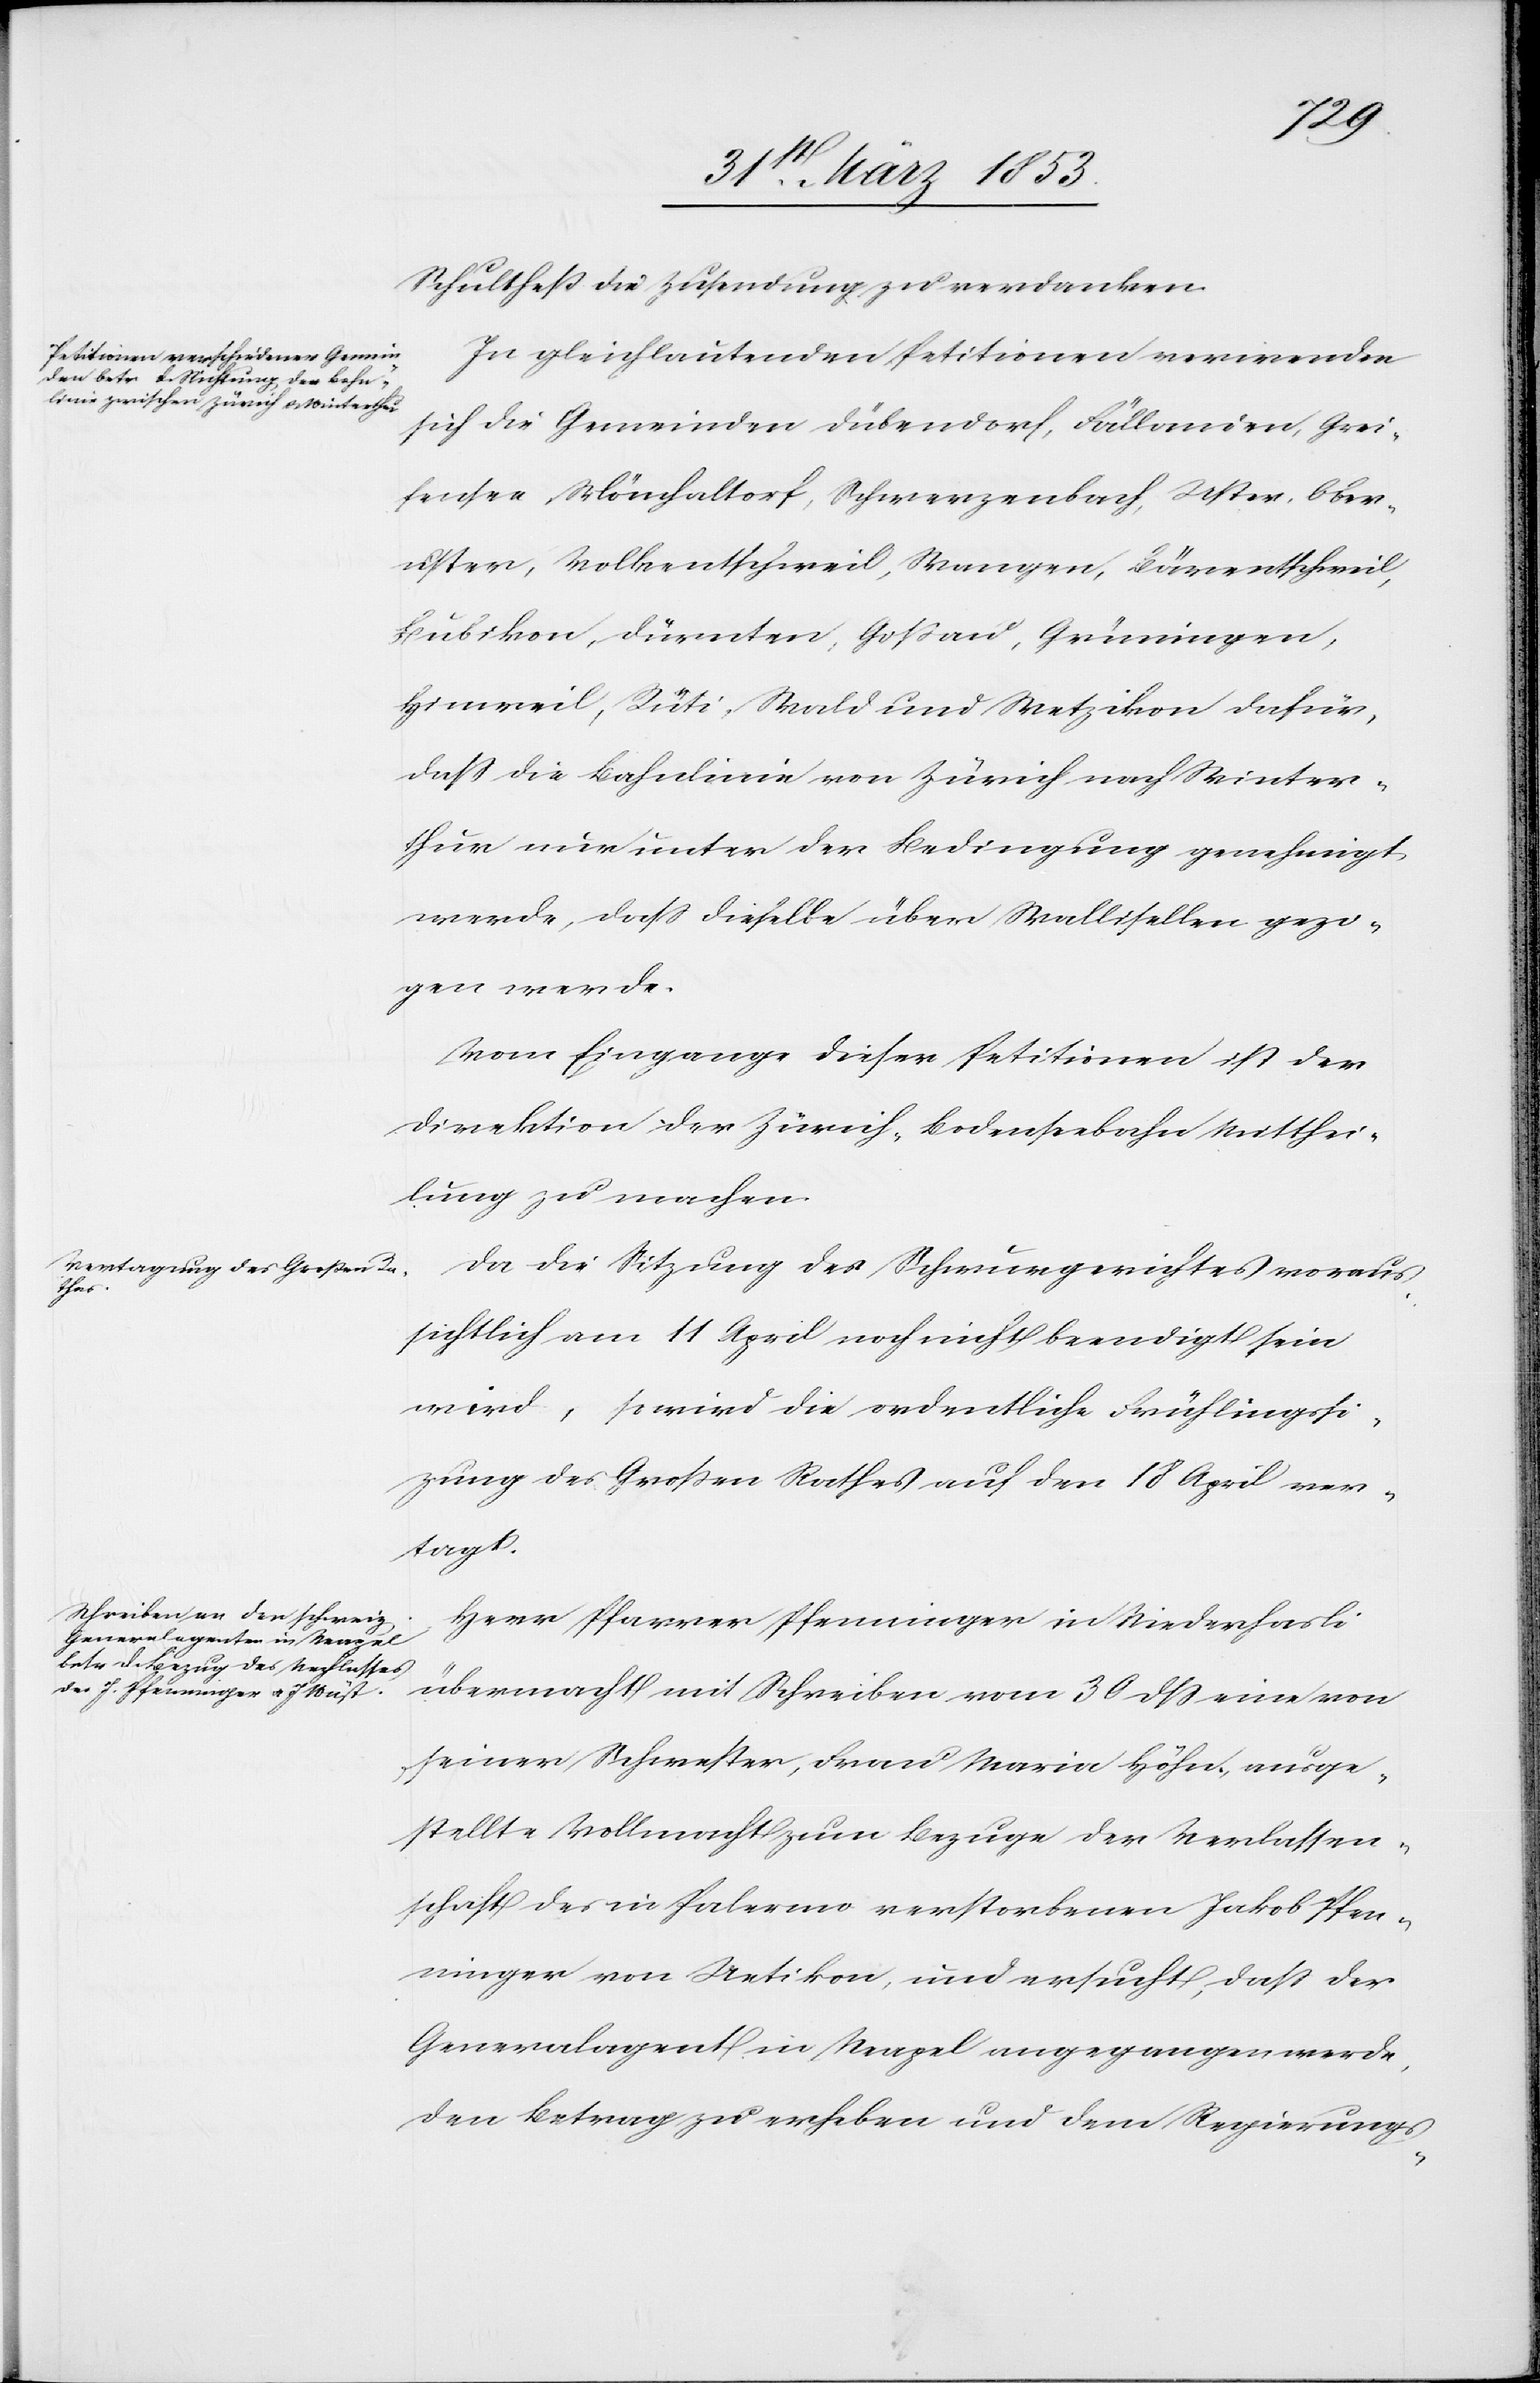
Schultheß die Zusendung zu verdanken.
In gleichlautenden Petitionen verwenden
sich die Gemeinden Dübendorf, Fällanden, Grei¬
fensee, Mönchaltorf, Schwerzenbach, Uster, Ober¬
uster, Volkentschweil, Wangen, Bärentschweil,
Bubikon, Dürnten, Goßau, Grüningen,
Hinweil, Rüti, Wald und Metzikon dafür,
daß die Bahnlinie von Zürich nach Winter¬
thur nur unter der Bedingung genehmigt
werde, daß dieselbe über Wallisellen gezo¬
gen werde.
Vom Eingange dieser Petitionen ist der
Direktion der Zürich-Bodenseebahn Mitthei¬
lung zu machen.
Da die Sitzung des Schwurgerichtes voraus¬
sichtlich am 11 April noch nicht beendigt sein
wird, so wird die ordentliche Frühlingssit¬
zung des Großen Rathes auf den 18 April ver¬
tagt.
Herr Pfarrer Pfenninger in Niederhasli
übermacht mit Schreiben vom 30 dß eine von
seiner Schwester, Frau Maria Höhn, ausge¬
stellte Vollmacht zum Bezuge der Verlassen¬
schaft des in Palermo verstorbenen Jakob Pfen¬
ninger von Uetikon, und ersucht, daß der
Generalagent in Neapel angegangen werde,
den Betrag zu erheben und dem Regierungs-